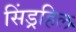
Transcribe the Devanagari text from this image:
सिंड्रहिल